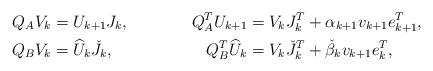
LaTeX: \begin{align*}Q_A V_k &= U_{k+1} J_k, &Q_A^T U_{k+1} &= V_k J_k^T + \alpha_{k+1} v_{k+1} e_{k+1}^T,\\Q_B V_k &= \widehat{U}_{k} \check{J}_k, &Q_B^T \widehat{U}_{k} &= V_k \check{J}_k^T + \check{\beta}_{k} v_{k+1} e_{k}^T,\end{align*}